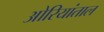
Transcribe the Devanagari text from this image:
ओरियांताल